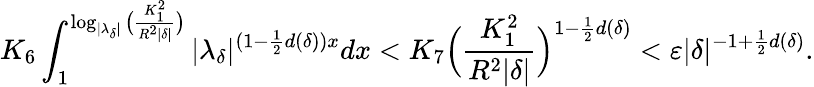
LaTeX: K_{6}\int_{1}^{\log_{|\lambda_{\delta}|}\big(\frac{K_{1}^{2}}{R^{2}|\delta|}\big)}|\lambda_{\delta}|^{(1-\frac 12d(\delta))x}dx<K_{7}\Big(\frac{K_{1}^{2}}{R^{2}|\delta|}\Big)^{1-\frac 12d(\delta)}<\varepsilon|\delta|^{-1+\frac 12d(\delta)}.